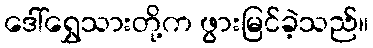
ဒေါ်ရွှေသားတို့က ဖွားမြင်ခဲ့သည်။